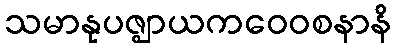
သမာနုပဇ္ဈာယကဝေဝစနာနိ